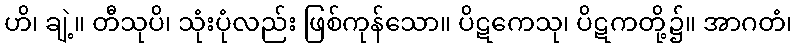
ဟိ၊ ချဲ့။ တီသုပိ၊ သုံးပုံလည်း ဖြစ်ကုန်သော။ ပိဋကေသု၊ ပိဋကတို့၌။ အာဂတံ၊